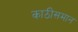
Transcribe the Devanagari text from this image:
काठीसमान